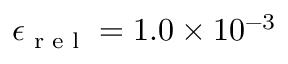
\epsilon _ { \textup { r e l } } = 1 . 0 \times 1 0 ^ { - 3 }